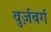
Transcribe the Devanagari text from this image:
वुर्ज़बर्ग